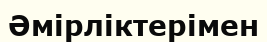
Әмірліктерімен